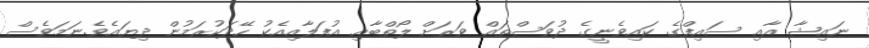
ނައިޝާ އާއި ސައިފްގެ ކައިވެނީގެ ދުވަސްތައް ވަރަށް ލޯތްބާއި އުފަލާއިއެކު ހޭދަކުރަމުން ދިޔައެވެ.ނަމަވެސް